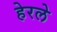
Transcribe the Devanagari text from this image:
हेरलेे